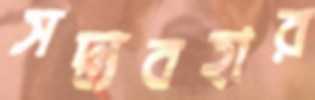
সদ্ব্যবহার